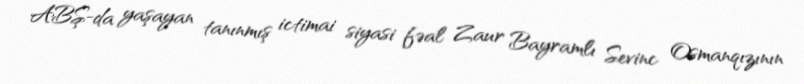
ABŞ-da yaşayan tanınmış ictimai siyasi fəal Zaur Bayramlı Sevinc Osmanqızının